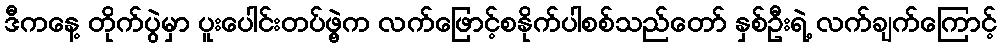
ဒီကနေ့ တိုက်ပွဲမှာ ပူးပေါင်းတပ်ဖွဲ့က လက်ဖြောင့်စနိုက်ပါစစ်သည်တော် နှစ်ဦးရဲ့ လက်ချက်ကြောင့်